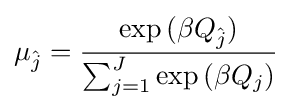
\mu _{\hat {j}}={\frac {\exp {(\beta Q_{\hat {j}})}}{\sum _{j=1}^{J}\exp {(\beta Q_{j})}}}